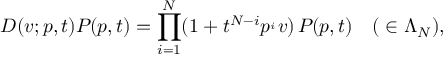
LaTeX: D ( v ; p , t ) P _ { \l } ( p , t ) = \prod _ { i = 1 } ^ { N } ( 1 + t ^ { N - i } p ^ { \l _ { i } } v ) \, P _ { \l } ( p , t ) \quad ( \l \in \Lambda _ { N } ) ,